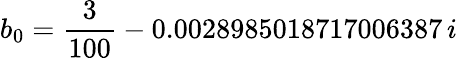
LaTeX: b_{0}=\frac{3}{100}-0.0028985018717006387\, i